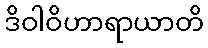
ဒိဝါဝိဟာရာယာတိ